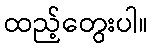
ထည့်တွေးပါ။